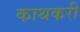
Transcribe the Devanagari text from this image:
काथकरी